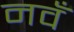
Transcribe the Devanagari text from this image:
नवँ